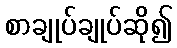
စာချုပ်ချုပ်ဆို၍